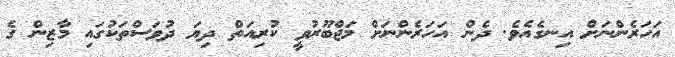
އަހަރެންނަށް އިނގެއެވެ. ދެން އަހަރެންނަށް މަޖްބޫރުވީ ކުރިއަތް ދިޔަ ދުވަސްތަކުގައި މާޒިން ގެ